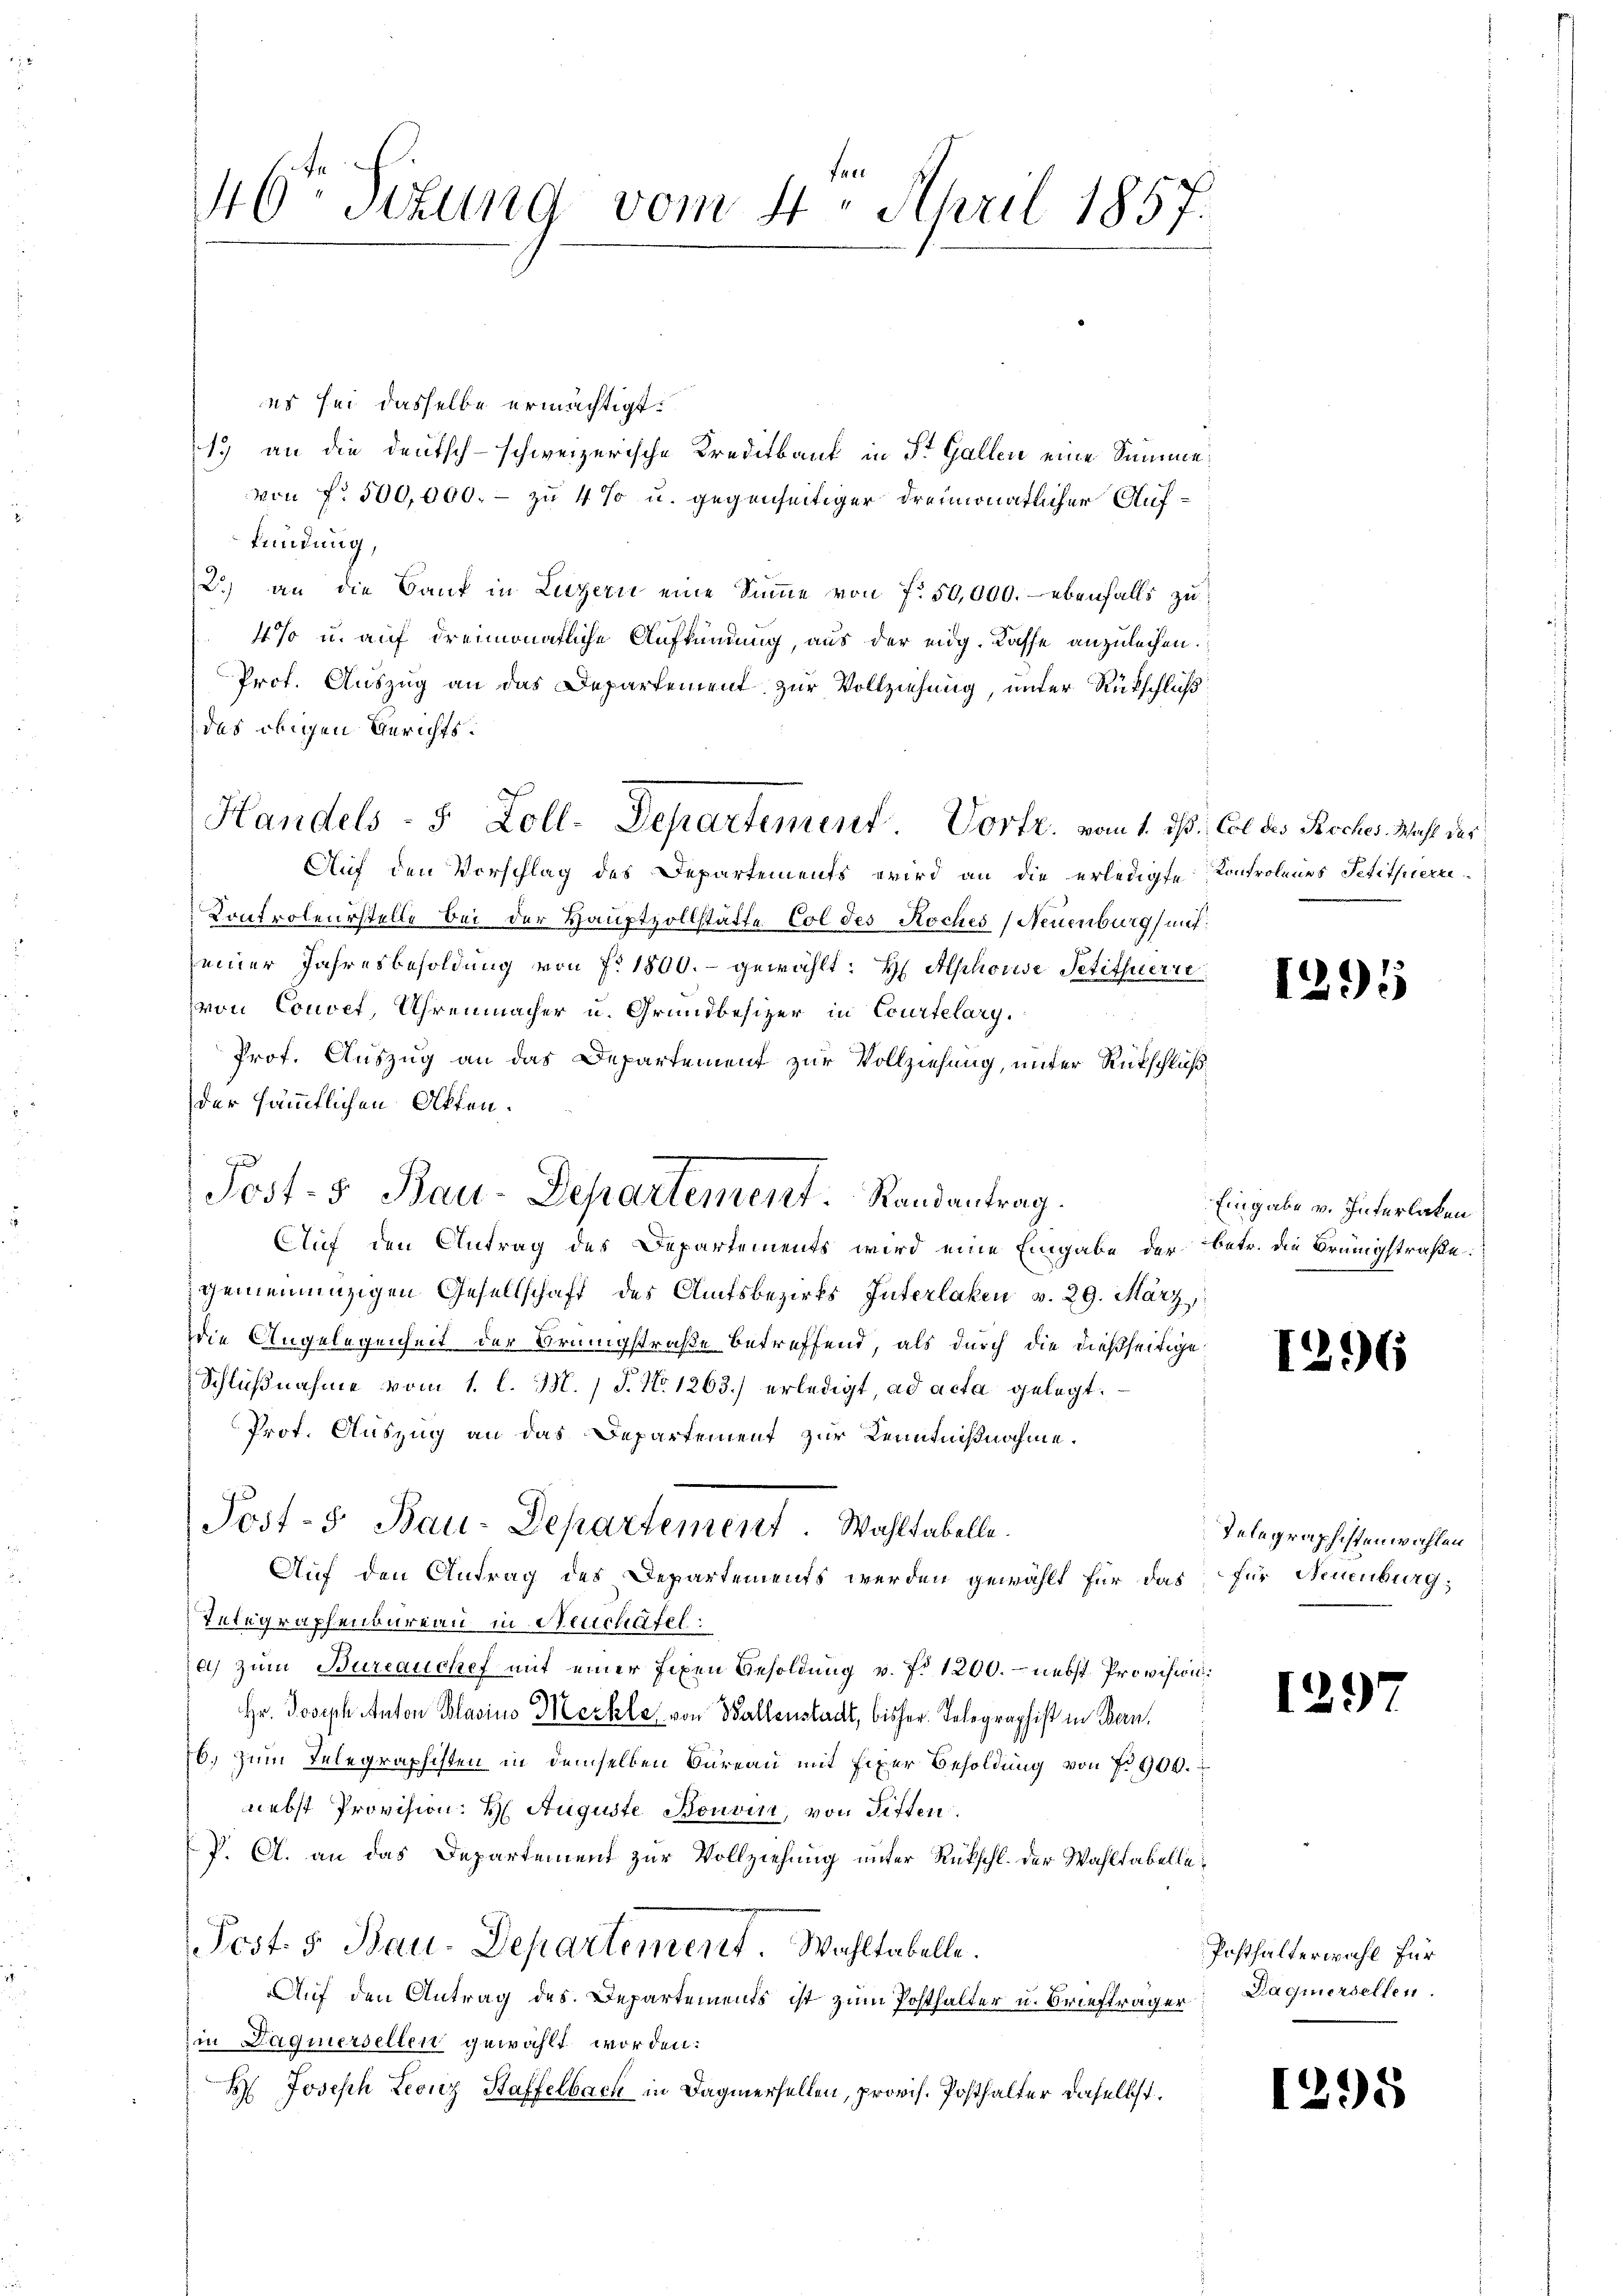
46 Sekung vom 4. April 1857.

es sei dasselbe ermächtigt:
13 an die deutsch-schweizerische Kreditbank in St. Gallen eine Summe
von No 500,000. - zu 4 % u. gegenseitiger dreimonatlicher Auffündung,
2.) an die Bauf in Luzern eine Summe von 7. 50,000. – ebenfalls zu
4 % u. auf dreimonatliche Aufkündung, aus der eidg. Kasse anzuleihen.
Prof. Auszug an das Departement zur Vollziehung, unter Rückschluß
das obigen Gerichts¬
Auf den Vorschlag des Departements wird an die erledigte Kontrolenes Petitherre-
Controleurstelle bei der Hauptzollstätte Col des Koches (Neuenburg und
seiner Jahresbesoldung von fr. 1800.- gewählt: H Alphorise Petituerie
von Couvet, Uhrenmacher u. Grundbesizer in Courtelary.
Prof. Auszug an das Departement zur Vollziehung, unter Rückschluß
der sämmtlichen Akten.
Auf den Antrag des Departements wird eine Eingabe der betr. die Brüngstraße:
gemeinenzigen Gesellschaft des Amtsbezirks Interlaken v. 29. März
die Angelegenheit der Brungstraße betreffend, als durch die dießseitige
Schlußnahme vom 1. l. M. P. No 1263.) erledigt, ad acta gelegt.
Prot. Auszug an das Departement zur Kenntnißnahme.
Post-5 Bau-Departement. Wahltabelle.
Auf den Antrag des Departements werden gewählt für das für Neuenburg,
Telegraphenbureau in Neuchäfel:
a) zum Bureauchef mit einer fixen Besoldung v. fr. 1200. - nebst Provision;
Hr. Joseph Anton Blasino Meckle, von Wallenstadt, bisher Telegraphist in Ban
b. zum Telegraphisten in demselben Bureau mit fixer Besoldung von fr. 900.
nebst Provision H. Auguste Bouvin, von Sitten.
J. A. an das Departement zur Vollziehung unter Rückschl. der Wahltabelle¬
Post. v. Bau-Departement. Wahltabelle.
Auf den Antrag des Departements ist zum Posthalter u. Briefträger Dagnersellen
in Jaquersellen gewählt worden:
H. Joseph Leonz Haffelbach in Damersellen, provis. Posthalter daselbst.

Post-5 Bau-Departement. Randantrag.

Handels- 5 Zoll-Departement Vortr. vom 1. ds. Col des Roches Wahl das

1295

Eingabe v. Interlaken

1296

Telegraphisten wählen

12.)

Posthalterwahl für

1295